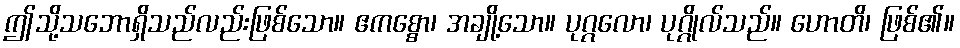
ဤသို့သဘောရှိသည်လည်းဖြစ်သော။ ဧကစ္စော၊ အချို့သော။ ပုဂ္ဂလော၊ ပုဂ္ဂိုလ်သည်။ ဟောတိ၊ ဖြစ်၏။